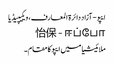
ایپو - آزاد دائرۃ المعارف، ویکیپیڈیا
怡保 - ஈப்போ
ملائیشیا میں ایپو کا مقام۔